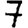
Digit: 7